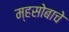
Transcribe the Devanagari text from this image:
म्हसोबाचे